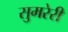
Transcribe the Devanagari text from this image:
सुमरेरी